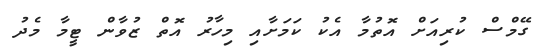
ގޭމްސް ކުރިއަށް އޮތުމާ އެކު ކަމަށާއި މިހާރު އޮތް ޒުވާން ޓީމާ މެދު